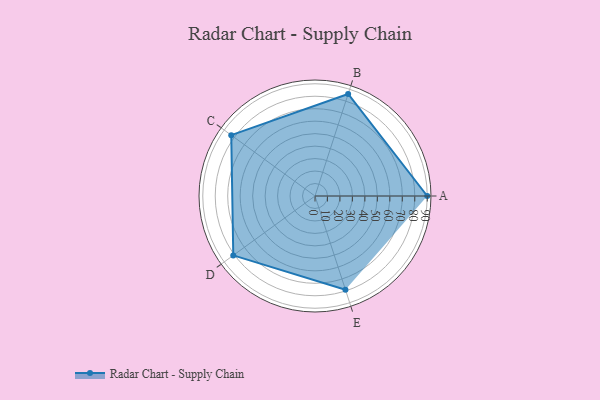
{"axis": {"x": "Skill", "y": "Score"}, "legend": ["Profile"], "data": [{"x": "A", "y": 90.0, "type": "Profile"}, {"x": "B", "y": 86.0, "type": "Profile"}, {"x": "C", "y": 83.0, "type": "Profile"}, {"x": "D", "y": 81.0, "type": "Profile"}, {"x": "E", "y": 79.0, "type": "Profile"}]}